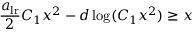
\frac { a _ { \mathrm { l r } } } { 2 } C _ { 1 } x ^ { 2 } - d \log ( C _ { 1 } x ^ { 2 } ) \geq x